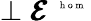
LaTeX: \perp\pmb{{\cal E}}^{\mathrm{~\tiny~{~h~o~m~}~}}